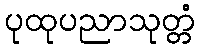
ပုထုပညာသုတ္တံ